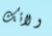
ولائك